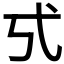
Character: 𢍻